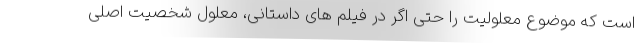
است که موضوع معلولیت را حتی اگر در فیلم های داستانی، معلول شخصیت اصلی